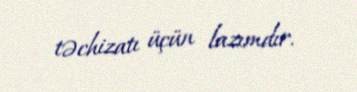
təchizatı üçün lazımdır.